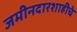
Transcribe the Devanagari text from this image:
जमीनदारशाहीचे